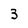
Character: 3